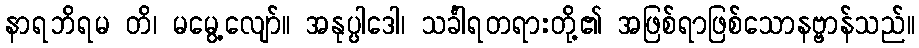
နာရဘိရမ တိ၊ မမွေ့လျော်။ အနုပ္ပါဒေါ၊ သင်္ခါရတရားတို့၏ အဖြစ်ရာဖြစ်သောနဗ္ဗာန်သည်။